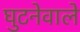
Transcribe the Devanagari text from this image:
घुटनेवाले